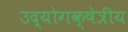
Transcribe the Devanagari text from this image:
उद्योगक्षेत्रीय